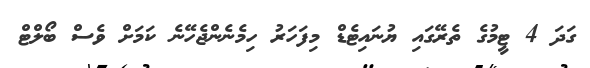
ގަދަ 4 ޓީމުގެ ތެރޭގައި ޔުނައިޓެޑް މިފަހަރު ހިމެނެންޖެހޭނެ ކަމަށް ވެސް ބޯލްޓް